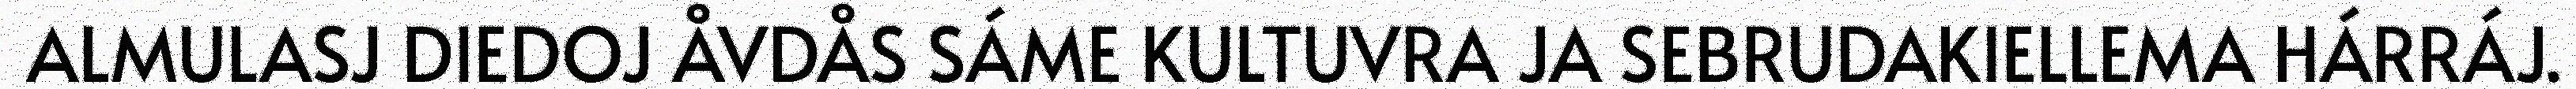
ALMULASJ DIEDOJ ÅVDÅS SÁME KULTUVRA JA SEBRUDAKIELLEMA HÁRRÁJ.